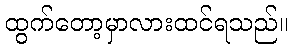
ထွက်တော့မှာလားထင်ရသည်။